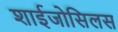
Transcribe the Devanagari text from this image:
शाईजोसिलस